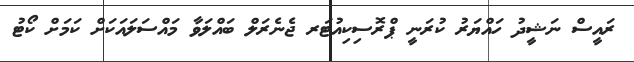
ރައީސް ނަޝީދު ހައްޔަރު ކުރަނީ ޕްރޮސިކިއުޓަރ ޖެނެރަލް ބައްލަވާ މައްސަލައަކަށް ކަމަށް ކޯޓު